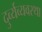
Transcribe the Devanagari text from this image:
दुर्व्यव्यवस्था